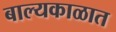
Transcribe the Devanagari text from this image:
बाल्यकाळात